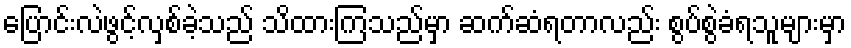
ပြောင်းလဲဖွင့်လှစ်ခဲ့သည် သိထားကြသည်မှာ ဆက်ဆံရတာလည်း စွပ်စွဲခံရသူများမှာ